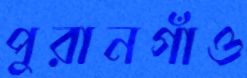
পুরানগাঁও